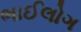
ભાઈલોગ